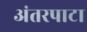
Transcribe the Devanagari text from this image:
अंतरपाटा